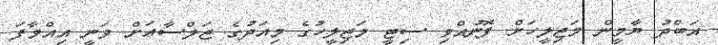
އަބްދު ޔާމީން މަޖިލީހަށް ފޮނުއްވި ސިޓީ މަޖިލީހުގެ މިއަދުގެ ޖަލްސާއަށް ވަނީ އިއްވާފަ